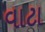
વાટા